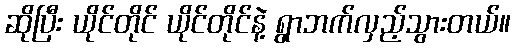
ဆိုပြီး ယိုင်တိုင် ယိုင်တိုင်နဲ့ ရွာဘက်လှည့်သွားတယ်။